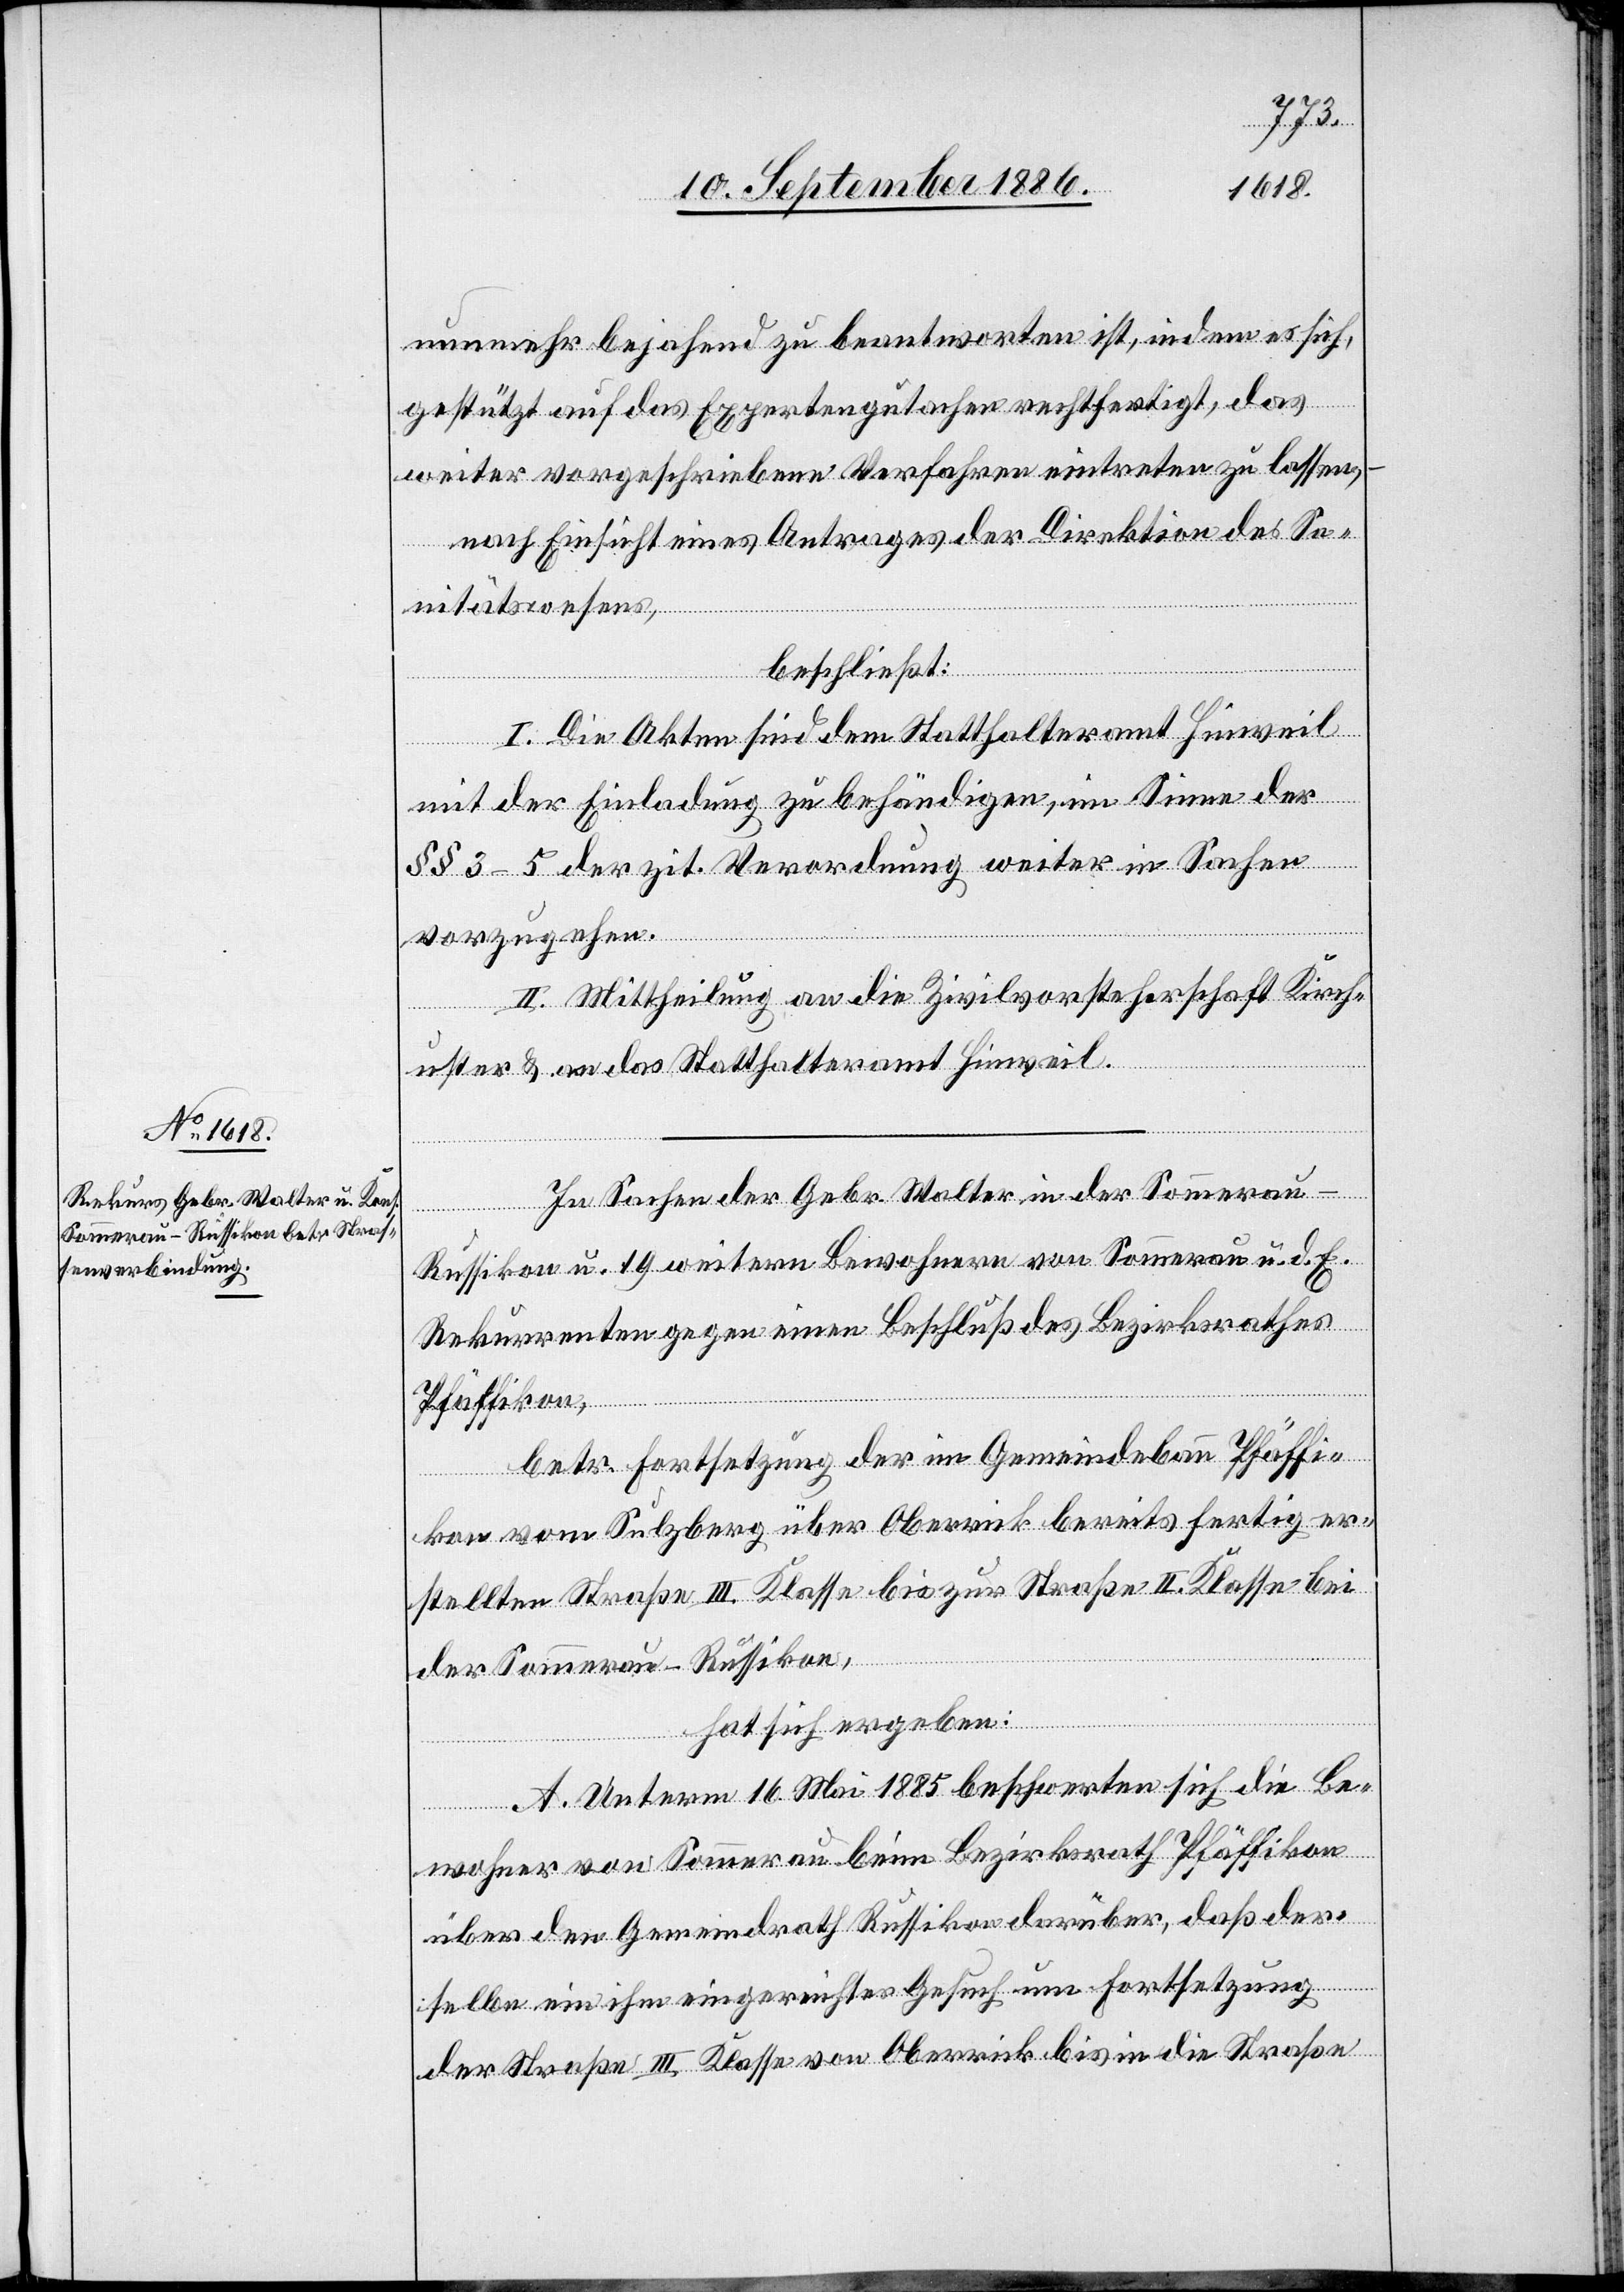
In Sachen der Gebr. Walter in der Sommerau
Russikon u. 19 weitern Bewohnern von Sommerau u. d. E.
Rekurrenten gegen einen Beschluß des Bezirksrathes
Pfäffikon,
betr. Fortsetzung der im Gemeindebann Pfäffi¬
kon vom Sulzberg über Oberrick bereits fertig er¬
stellten Straße III. Klasse bis zur Straße II. Klasse bei
der Sommerau - Russikon,
hat sich ergeben:
A. Unterm 16. Mai 1885 beschwerten sich die Be¬
wohner von Sommerau beim Bezirksrath Pfäffikon
über den Gemeindrath Russikon darüber, daß der¬
selbe ein ihm eingereichtes Gesuch um Fortsetzung
der Straße III. Klasse von Oberrick bis in die Straße